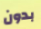
بدون